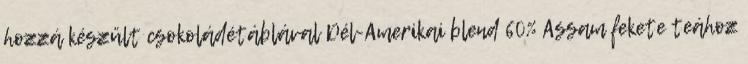
hozzá készült csokoládétáblával Dél-Amerikai blend 60% Assam fekete teához